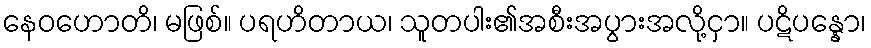
နေဝဟောတိ၊ မဖြစ်။ ပရဟိတာယ၊ သူတပါး၏အစီးအပွားအလို့ငှာ။ ပဋိပန္နော၊